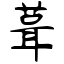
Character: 葺